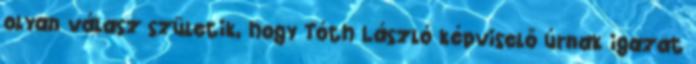
olyan válasz születik, hogy Tóth László képviselő úrnak igazat